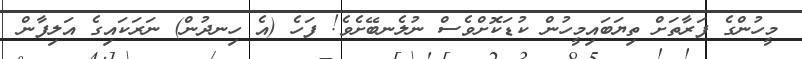
މީހުންގެ ފަރާތަށް ތިޔަބައިމީހުން ކުޑަކޮށްވެސް ނުލެނބޭށެވެ! ފަހެ (އެ ހިނދުން) ނަރަކައިގެ އަލިފާން